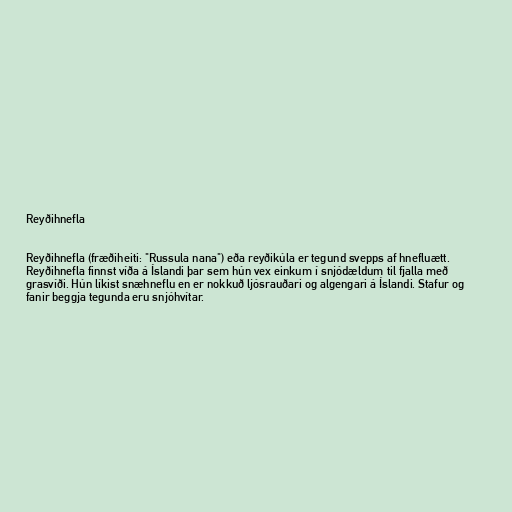
Reyðihnefla

Reyðihnefla (fræðiheiti: "Russula nana") eða reyðikúla er tegund svepps af hnefluætt.
Reyðihnefla finnst víða á Íslandi þar sem hún vex einkum í snjódældum til fjalla með
grasvíði. Hún líkist snæhneflu en er nokkuð ljósrauðari og algengari á Íslandi. Stafur og
fanir beggja tegunda eru snjóhvítar.